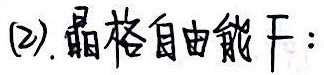
(2). 晶格自由能 \(F\)：